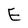
Character: E